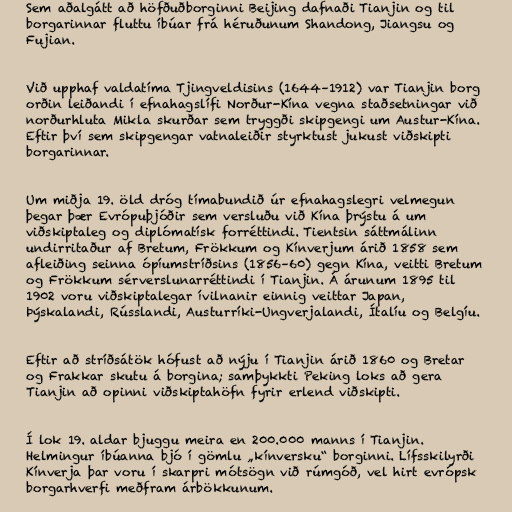
Sem aðalgátt að höfðuðborginni Beijing dafnaði Tianjin og til
borgarinnar fluttu íbúar frá héruðunum Shandong, Jiangsu og
Fujian.

Við upphaf valdatíma Tjingveldisins (1644–1912) var Tianjin borg
orðin leiðandi í efnahagslífi Norður-Kína vegna staðsetningar við
norðurhluta Mikla skurðar sem tryggði skipgengi um Austur-Kína.
Eftir því sem skipgengar vatnaleiðir styrktust jukust viðskipti
borgarinnar.

Um miðja 19. öld dróg tímabundið úr efnahagslegri velmegun
þegar þær Evrópuþjóðir sem versluðu við Kína þrýstu á um
viðskiptaleg og diplómatísk forréttindi. Tientsin sáttmálinn
undirritaður af Bretum, Frökkum og Kínverjum árið 1858 sem
afleiðing seinna ópíumstríðsins (1856–60) gegn Kína, veitti Bretum
og Frökkum sérverslunarréttindi í Tianjin. Á árunum 1895 til
1902 voru viðskiptalegar ívilnanir einnig veittar Japan,
Þýskalandi, Rússlandi, Austurríki-Ungverjalandi, Ítalíu og Belgíu.

Eftir að stríðsátök hófust að nýju í Tianjin árið 1860 og Bretar
og Frakkar skutu á borgina; samþykkti Peking loks að gera
Tianjin að opinni viðskiptahöfn fyrir erlend viðskipti.

Í lok 19. aldar bjuggu meira en 200.000 manns í Tianjin.
Helmingur íbúanna bjó í gömlu „kínversku“ borginni. Lífsskilyrði
Kínverja þar voru í skarpri mótsögn við rúmgóð, vel hirt evrópsk
borgarhverfi meðfram árbökkunum.